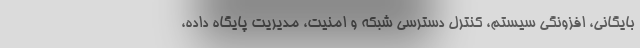
بایگانی، افزونگی سیستم، کنترل دسترسی شبکه و امنیت، مدیریت پایگاه داده،